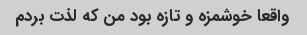
واقعا خوشمزه و تازه بود من که لذت بردم